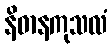
နိဓာနကုသလံ